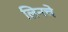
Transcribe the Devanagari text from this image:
लिनचे